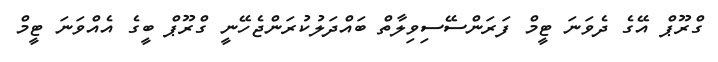
ގްރޫޕް އޭގެ ދެވަނަ ޓީމް ފަރަންސޭސިވިލާތް ބައްދަލުކުރަންޖެހޭނީ ގްރޫޕް ބީގެ އެއްވަނަ ޓީމް